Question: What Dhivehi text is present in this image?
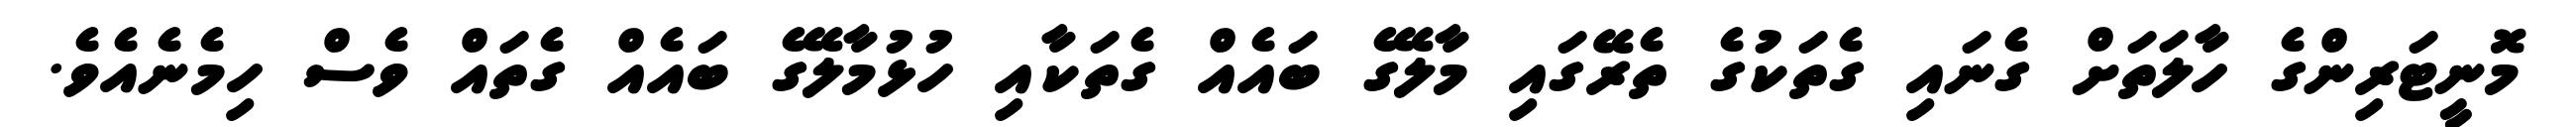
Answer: މޮނީޓަރިންގެ ހާލަތަށް ގެނައި ގެތަކުގެ ތެރޭގައި މާލޭގެ ބައެއް ގެތަކާއި ހުޅުމާލޭގެ ބައެއް ގެތައް ވެސް ހިމެނެއެވެ.